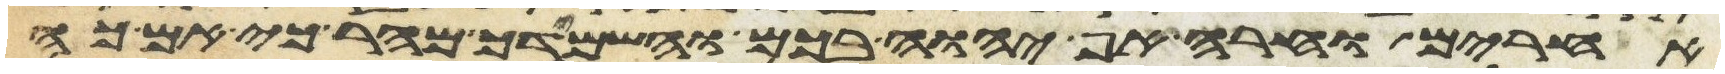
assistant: אחרים וחרה אף יהוה בכם והשמידך מהר כי אם כה